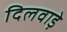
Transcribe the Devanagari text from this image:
दिलवाड़े